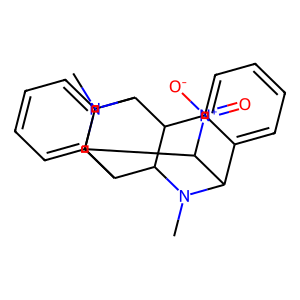
SMILES: CN1C2c3ccccc3C3C4c5ccccc5C(C31)C(C2[N+](=O)[O-])N4C
Inhibits HIV replication: No